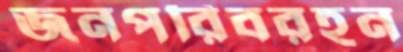
জনপরিবরহন